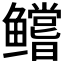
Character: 𱈘